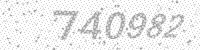
Solution: 740982